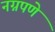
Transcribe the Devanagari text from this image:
नग्नपणे